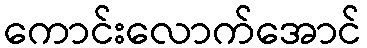
ကောင်းလောက်အောင်